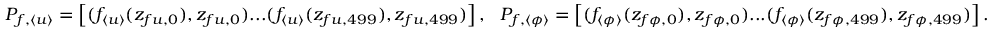
\begin{array} { r } { P _ { f , \langle u \rangle } = \left[ ( f _ { \langle u \rangle } ( z _ { f u , 0 } ) , z _ { f u , 0 } ) . . . ( f _ { \langle u \rangle } ( z _ { f u , 4 9 9 } ) , z _ { f u , 4 9 9 } ) \right] , \ \ P _ { f , \langle \phi \rangle } = \left[ ( f _ { \langle \phi \rangle } ( z _ { f \phi , 0 } ) , z _ { f \phi , 0 } ) . . . ( f _ { \langle \phi \rangle } ( z _ { f \phi , 4 9 9 } ) , z _ { f \phi , 4 9 9 } ) \right] . } \end{array}